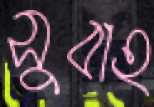
সুবাহ